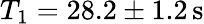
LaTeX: T_{1}=28.2\pm 1.2\mathrm{\, s}